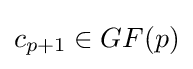
c_{p+1}\in GF(p)